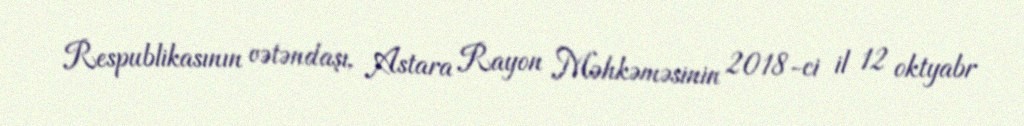
Respublikasının vətəndaşı, Astara Rayon Məhkəməsinin 2018-ci il 12 oktyabr